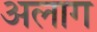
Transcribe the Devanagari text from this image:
अलाग